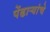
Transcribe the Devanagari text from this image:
पेंढाऱ्यांचे